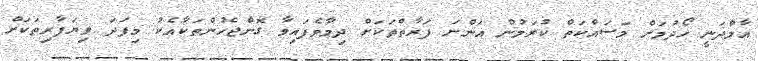
އާމްދަނީ ހޯދުމަށް މަސައްކަތް ކުރަމުން އަންނަ ފަރާތްތަކަށް ދިމާވެފައިވާ ގޮންޖެހުންތަކާއެކު މިފަދަ ވިޔަފާރިތަކަށް